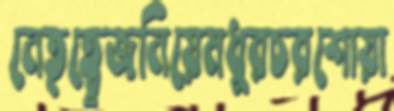
নেতৃত্ব্বেজনিয়েমধুরচরশোয়া